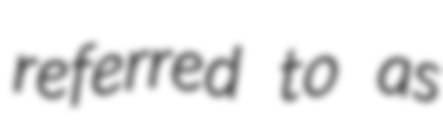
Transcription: referred to as